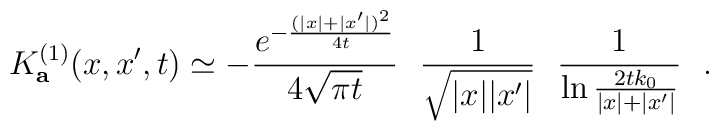
K^{(1)}_{\bf a} (x,x',t)\simeq -{e^{-{(|x|+|x'|)^2\over 4t}}\over 4\sqrt{\pi t}}~~{1\over \sqrt{|x||x'|}}~~{1\over \ln {2tk_0\over |x|+|x'|}}~~.